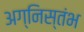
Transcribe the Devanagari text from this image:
अग्निस्तंभ